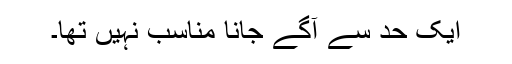
ایک حد سے آگے جانا مناسب نہیں تھا۔